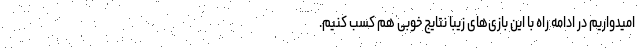
امیدواریم در ادامه راه با این بازی‌های زیبا نتایج خوبی هم کسب کنیم.